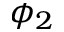
\phi _ { 2 }